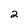
Character: 2